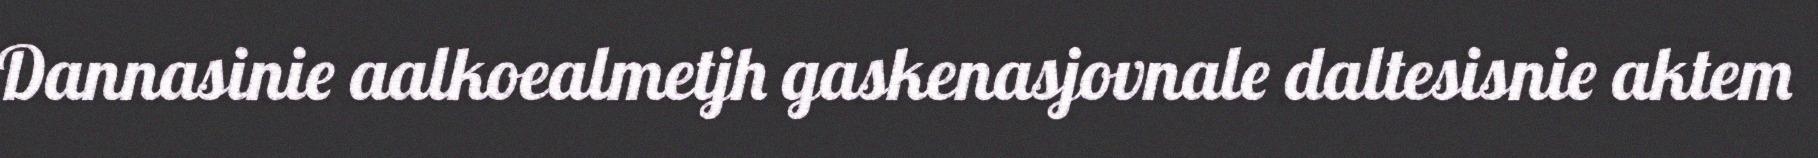
Dannasinie aalkoealmetjh gaskenasjovnale daltesisnie aktem